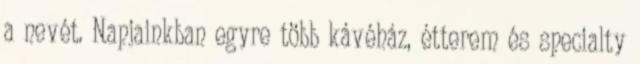
a nevét. Napjainkban egyre több kávéház, étterem és specialty